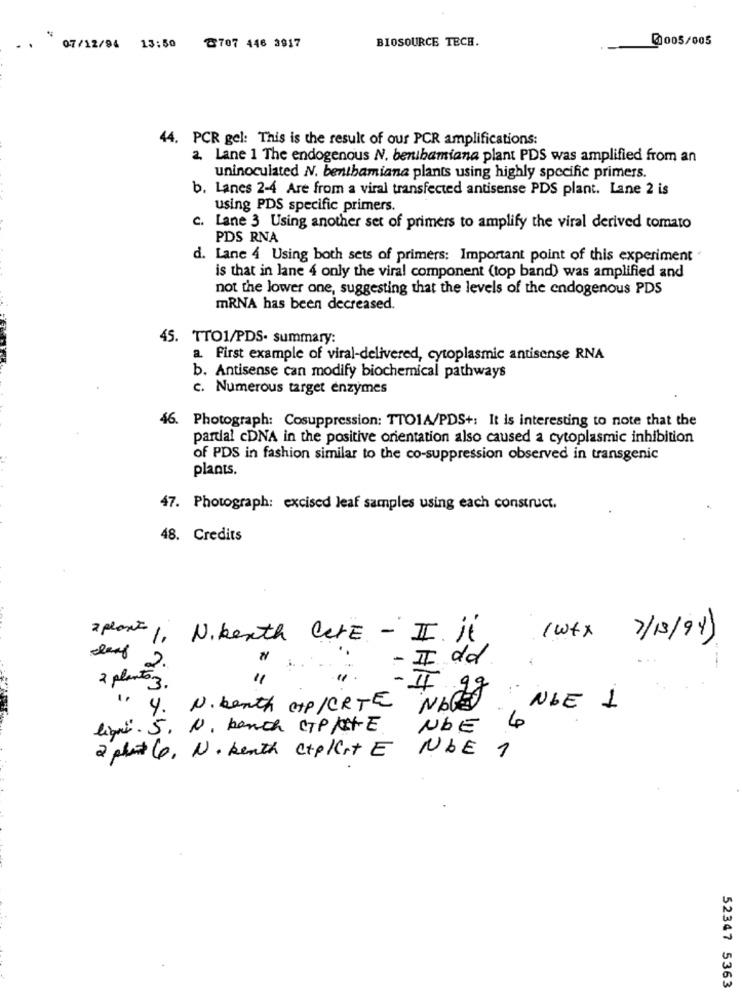
. .
8707 446 3917
BIOSOURCE TECH.
@0005/005
07/12/94 13:50
44. PCR gel: This is the result of our PCR amplifications:
2. Lane 1 The endogenous N. benibamiana plant PDS was amplified from an
uninoculated N. benthamiana plants using highly specific primers.
b. Lanes 2-4 Are from a viral transfected antisense PDS plant. Lane 2 is
using PDS specific primers.
c. Lane 3 Using another set of primers to amplify the viral derived tomato
PDS RNA
d. Lane 4 Using both sets of primers: Important point of this experiment .
is that in lane 4 only the viral component (top band) was amplified and
not the lower one, suggesting that the levels of the endogenous PDS
mRNA has been decreased.
45. TTO1/PDS- summary:
a. First example of viral-delivered, cytoplasmic antisense RNA
b. Antisense can modify biochemical pathways
c. Numerous target enzymes
46.
Photograph: Cosuppression: TTO1A/PDS+: It is interesting to note that the
partial cDNA in the positive orientation also caused a cytoplasmic inhibition
of PDS in fashion similar to the co-suppression observed in transgenic
plants.
47. Photograph: excised leaf samples using each construct.
48. Credits
2plant 1, N. heath Care - II. it
1 wfx
7/13/94)
- II dd
Rauf 2.
"
2 planta3.
- II gg
NOGET
-
1. 4. N. beath c+P/CRTE
NOE 1
liqui. 5. N. banch CTP/C+E
NOE
4
2 phat 4, N. beath c+p/C++ E
NOE 1
52347 5363